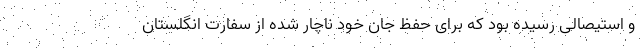
و استیصالی رسیده بود که برای حفظ جان خود ناچار شده از سفارت انگلستان